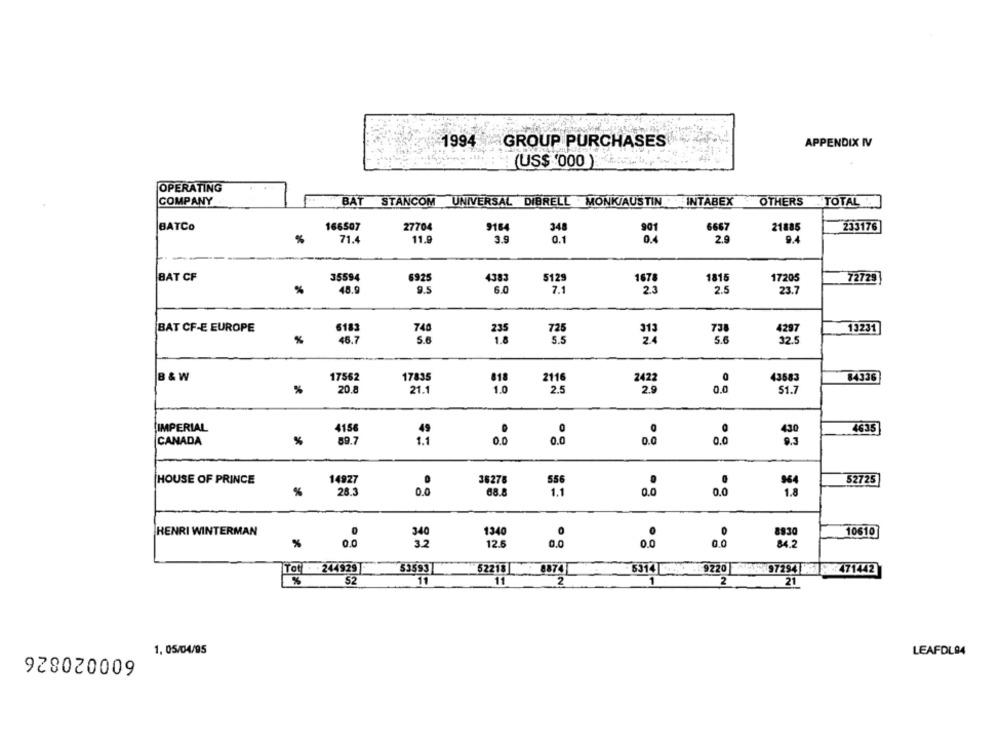
1994
GROUP PURCHASES
APPENDIX IV
(US$ '000 )
OPERATING
COMPANY
BAT STANCOM UNIVERSAL DIBRELL MONK/AUSTIN
INTABEX
OTHERS
TOTAL
BATCO
166507
27704
348
6667
21885
233176
%
71.4
11.9
0.1
0.4
2.9
9.4
35594
1815
BAT CF
692
4383
5129
17205
72725
%
48.9
9.5
6.0
23
2.5
23.7
BAT CF-E EUROPE
13231
6183
740
235
%
46.
5.0
1.8
24
32.5
B & W
17562
17835
018
2116
2422
43583
84336
1.0
2.5
0.0
20.8
21.1
2.9
51.7
0
IMPERIAL
4156
4635
%
89.7
0.0
0.0
0.0
CANADA
00
14927
36278
HOUSE OF PRINCE
52725
%
28.3
0.0
68.8
1.1
0.0
0.0
1340
8930
HENRI WINTERMAN
340
10610
%
0.0
32
12.6
0,0
0.0
0.0
84.2
Tot . 244929
53593
52213 6874
6314 9220 97294 8 471442
52
11
11
2
1
2
21
600020826
1, 05/04/95
LEAFDL94